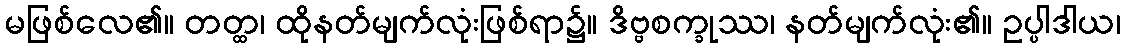
မဖြစ်လေ၏။ တတ္ထ၊ ထိုနတ်မျက်လုံးဖြစ်ရာ၌။ ဒိဗ္ဗစက္ခုဿ၊ နတ်မျက်လုံး၏။ ဥပ္ပါဒါယ၊